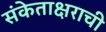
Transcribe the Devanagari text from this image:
संकेताक्षराची